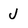
Character: J